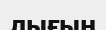
лығын